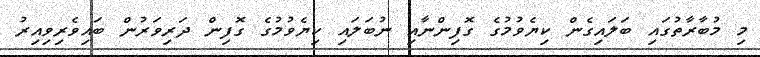
މި މުބާރާތުގައި ބަލައިގެން ކިޔެވުމުގެ ގޮފިންނާއި ނުބަލައި ކިޔެވުމުގެ ގޮފިން ދަރިވަރުން ބައިވެރިވިއިރު